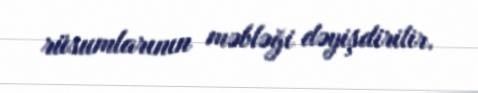
rüsumlarının məbləği dəyişdirilir.